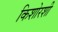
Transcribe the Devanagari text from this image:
किशोरशी